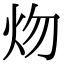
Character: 𤆞